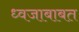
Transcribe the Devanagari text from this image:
ध्वजाबाबत